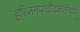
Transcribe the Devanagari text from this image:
हरिजनपादोदकर्तीर्थम्‌